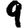
Digit: 9